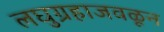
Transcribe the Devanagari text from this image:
लघुग्रहाजवळून